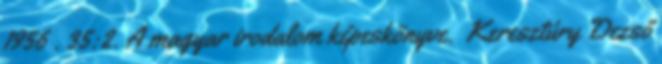
1956 . 35:2. A magyar irodalom képeskönyve. Keresztúry Dezső